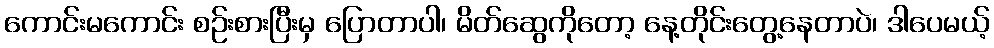
ကောင်းမကောင်း စဉ်းစားပြီးမှ ပြောတာပါ၊ မိတ်ဆွေကိုတော့ နေ့တိုင်းတွေ့နေတာပဲ၊ ဒါပေမယ့်